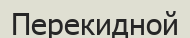
Перекидной